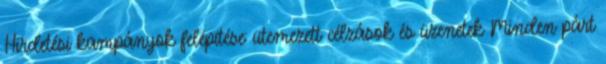
Hirdetési kampányok felépítése: ütemezett célzások és üzenetek Minden párt